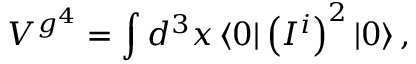
V ^ { g ^ { 4 } } = \int { d ^ { 3 } } x \left\langle 0 \right| \left( { I ^ { i } } \right) ^ { 2 } \left| 0 \right\rangle ,